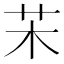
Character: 㭉